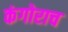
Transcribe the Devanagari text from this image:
कंगोराच